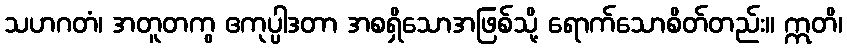
သဟဂတံ၊ အတူတကွ ဧကုပ္ပါဒတာ အစရှိသောအဖြစ်သို့ ရောက်သောစိတ်တည်း။ ဣတိ၊